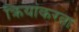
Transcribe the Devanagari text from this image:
क्रियांकरता